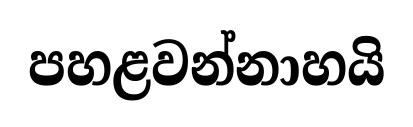
පහළවන්නාහයි